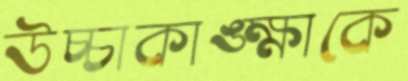
উচ্চাকাঙ্ক্ষাকে